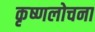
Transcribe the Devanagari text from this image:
कृष्णलोचना